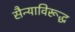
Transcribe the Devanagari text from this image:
सैन्याविरूद्ध